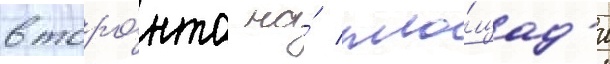
в торо́нто на́ пло́щад'и